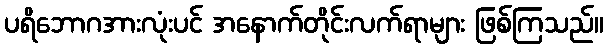
ပရိဘောဂအားလုံးပင် အနောက်တိုင်းလက်ရာများ ဖြစ်ကြသည်။